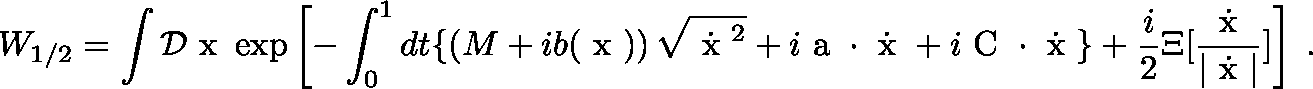
W _ { 1 / 2 } = \int { \cal D } { \mathrm { \boldmath ~ x ~ } } \exp \left[ - \int _ { 0 } ^ { 1 } d t \{ \left( M + i b ( { \mathrm { \boldmath ~ x ~ } } ) \right) \sqrt { \dot { { \mathrm { \boldmath ~ x ~ } } } ^ { 2 } } + i { \mathrm { \boldmath ~ a ~ } } \cdot \dot { \mathrm { \boldmath ~ x ~ } } + i { \mathrm { \boldmath ~ C ~ } } \cdot \dot { \mathrm { \boldmath ~ x ~ } } \} + \frac { i } { 2 } \Xi [ \frac { \dot { { \mathrm { \boldmath ~ x ~ } } } } { | \dot { { \mathrm { \boldmath ~ x ~ } } } | } ] \right] \; .